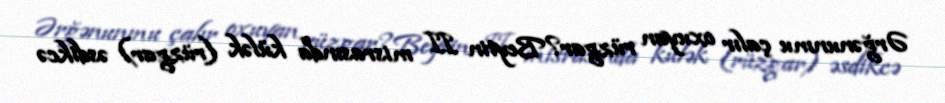
Ərğənunmu çalır oxuyan rüzgar?Beytin II misrasında külək (rüzgar) əsdikcə